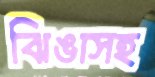
ঝিঙাসহ